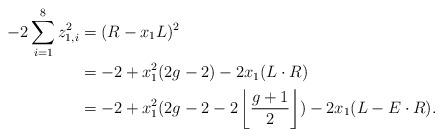
LaTeX: \begin{align*}-2 \sum_{i=1}^8 z^2_{1,i} &=(R-x_1L)^2 \\&=-2+x_1^2(2g-2)-2x_1(L \cdot R) \\&=-2+x_1^2(2g-2-2\left \lfloor \frac{g+1}{2} \right \rfloor)-2x_1(L-E \cdot R).\end{align*}